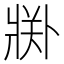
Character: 𱭘